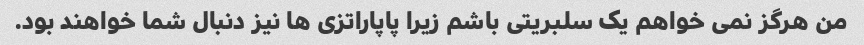
من هرگز نمی خواهم یک سلبریتی باشم زیرا پاپاراتزی ها نیز دنبال شما خواهند بود.